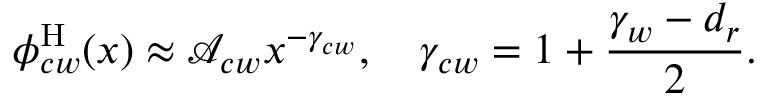
\phi _ { c w } ^ { \mathrm { H } } ( x ) \approx \mathcal { A } _ { c w } x ^ { - \gamma _ { c w } } , \quad \gamma _ { c w } = 1 + \frac { \gamma _ { w } - { d _ { r } } } { 2 } .